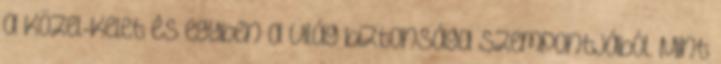
a Közel-Kelet és egyben a világ biztonsága szempontjából. Mint